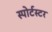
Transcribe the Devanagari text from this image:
स्पोर्टस्टर